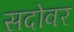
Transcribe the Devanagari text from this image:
सदोवर